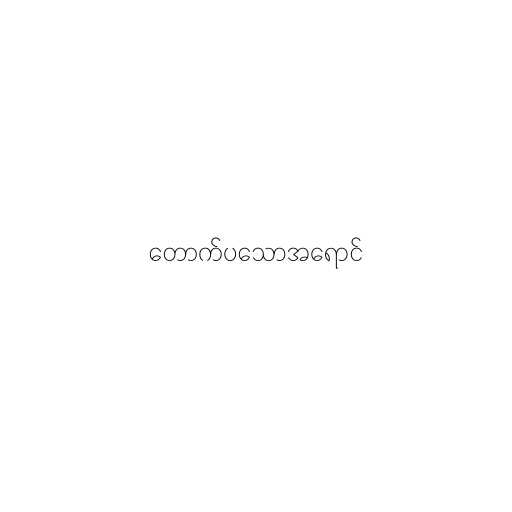
တောက်ပသောအရောင်